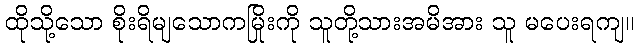
ထိုသို့သော စိုးရိမျသောကမြိုးကို သူတို့သားအမိအား သူ မပေးရကျ။